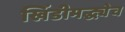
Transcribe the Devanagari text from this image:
खिंडीमद्ध्येच